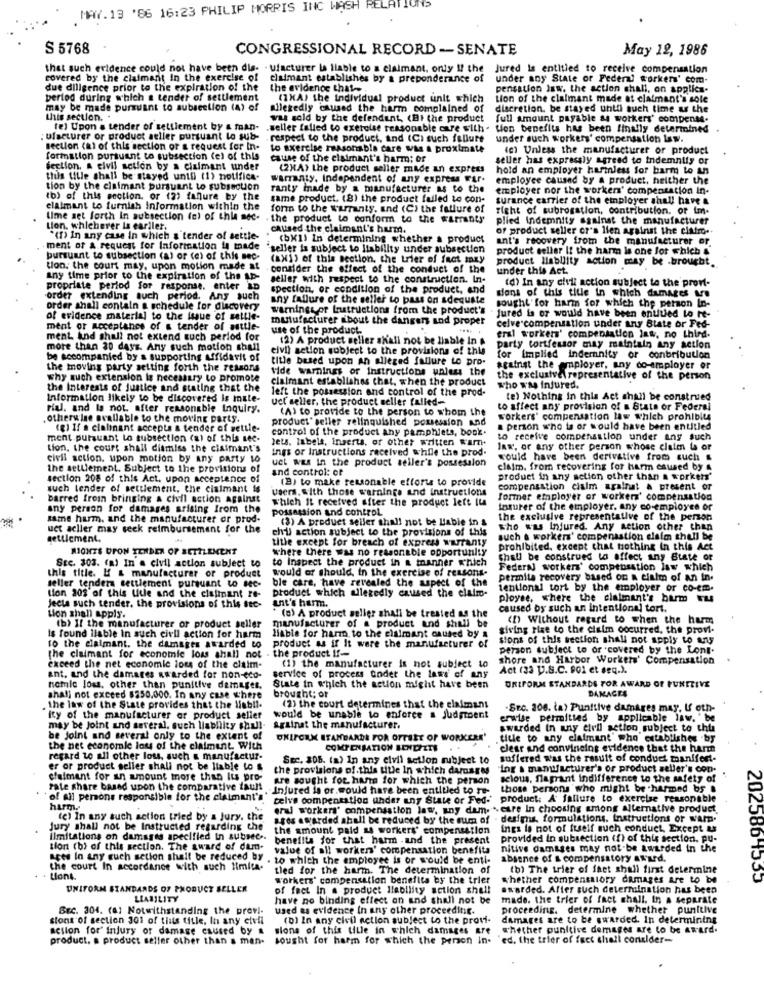
MAY. 13 '86 16:23 PHILIP MORRIS INC WASH RELATIONS
$ 5768
CONGRESSIONAL RECORD -- SENATE
May 12, 1986
that such evidence could not have been dis. . ufacturer is liable to a claimant, only !! the
Jured is entitled to receive compensation
covered by the claimant in the exercise of
claimant establishes by a preponderance of
under any State or Fedend workers' com-
due diligence prior to the expiration of the
the evidence that-
pensation Jsw. the action shall, on applica-
period during which a tender of settlement
(1XA) the individual product unit which
tion of the claimant made at claimant's sole
may be made pursuant to subsection (A) of
allegedly caused the harm complained of
discretion. be stayed until such time as the
this section. .
was sold by the defendant, (Bl the product
full amount payable & workers' compense.
tel Upon a tender of settlement by & maan-
.seller falled to exercise reasonable care with . tien benefits has been finally determined
: ufacturer or product aeller pursuant lo sub-
respect to the product, and (C) such fallute
under such workers' compensation law.
section (al of this section of a request for In-
to exercise reasonable care was a proximate
(e) Unless the manufacturer or product
formation pursuant to subsection (el of this
cause of the claimant's harm: of
seller has expressly agreed to indemnity or
Section, a civil action by a claimant under
(2)A) the product seller made an express
hold an employer harmless for harm to an
this title shall be stayed until (1) notifica-
warranty. Independent of any express Far.
employee caused by a product, neither the
tion by the claimant pursuant to subsection
ranty made by a manufacturer as to the
employer nor the worker' compensation in-
(b) of this section. or (2) fanure by the
same product. (8) the product failed to con-
surance carrier of the employer shall have &
claimant to furnish Information within the
form to the warranty, and (C) the failure of
right of subrogation, contribution. or im.
Lime set forth In subsection (o) of thie sec. . the product to conform to the warranty
the product to conform to the warranty
plied Indemnity against the manufacturer
Lion, whicherer is earller.
caused the claimant's hurm.
of product seller or's lien against the claim ..
"(1) In any case in which & tender of settle-
(bX1) In determining whether a product
ant's recovery from the manufacturer or.
ment of a request for Information is made
'seller is subject to Ilability under subsection
product seller If the harm la one for which &
pursuant to subsection (a) or (e) of this sec-
(8X1) of this section, the trier of fact may
product liability action may be .brought.
tion, the court may, upon motion made at
consider the effect of the conduct of the
under this Act.
any time prior to the expiration of the AD-
seller with respect to the construction. In-
propriate period for response. enter in
spection, or condition of the product, and
sons of this title in which damages ure
(d) In any civil action subject to the prov-
order extending auch period. Any such
any failure of the seller to pass on adequate
order shall contain a schedule for discovery
warnings pr Instructions from the product's
sought'for harm for which the person In-
Jured is or would have been entitled to re-
of evidence material to the issue of settle-
manufacturer about the dangers and proper
celve compensation under any Blate or Fed-
ment or meceplanes of & tender of ssttle-
use of the product
ment. and shall not extend such period for
(2) A product seller shall not be liable In
eral workers' compensation las, no third.
more than 30 days. Any such motion shall
civil action subject to the provisions of this
party tortfessor may maintain any action
be accompanied by a supporting Affidavit of
title based upon An alleged failure to pro-
for implied indemnity or conbribution
the moving party setting forth the reasons
vide warnings or Instructions unless the
against the employer, any do-employer or
why auch extension is necessary to promote
claimant establishes that, when the product
the exclusive\representative of the person
the Interests of Justice and stating that the
left the possession and control of the prod-
who was injured.
Information likely to be discovered is mate-
Uct seller, the product seller failed-
te) Nothing in this Act shall be construed
rial. and la not after reasonable Inquiry.
(A) to provide to the person to whom the
to affect any provision of a State or Federal
otherw ine available to the moving parts.
product" seller relinquished possession And
workers' compensation law which prohibits
(8) If a cialinant accepte & tender of settle-
control of the product Any pamphlets, book.
a person who is or would have been entitled
ment pursuant to subsection (a) of this see-
lets, labels, Inserts, or other written w'amn.
to receive compensation under any such
tion, the court shall diamiss the claimant's
ings or Instructions received while the prod.
Jaw, or any other person whose claim to or
civil action. upon motion by any party to
uct was In the product seller's possession
would have been derivative from such &
the settlement. Subject to the provisions of
and control: of
claim. from recovering for harm caused by a
section 208 of this Act. upon acceptance of
(B) to make reasonable efforts to provide
product in any action other than a worken'
such lender of settlement, the claimant is
users. with those warnings and instructions
compensation claim against & present or
barred from bringing a civil action against
Which It received after the product left It
former employer or workers' compensation
any person for damages arising from the
possession and control
inturer of the employer. any co employee or
same harm. and the manufacturer or prod-
(3) A product seller shall not be Liable in s
the exclusive representative of the person
uct acller may seck reimbursement for the
civil action subject to the provisions of this
who was Injured. Any action other than
settlement.
title except for breach of express warranty
such & workers' compensation claim thull be
MIONES UPON TENDER OF SETTLEMENT
where there was no reasonable opportunity
prohibited. except that nothing In this Act
to Inspect the product in a manner which
shall be construed to affect any State of
Ste. 303. (a) In a civil action subject to
would or should, in the exercise of reasons-
Federn workers' compensation law which
this title. L' & manufacturer or product
seller tenders settlement pursuant to see-
ble care, have revealed the aspect of the
permita recovery based on a claim of an in.
product which allegedly caused the claim-
tentional tort by the employer or co-em.
tion 203' of this Uitle and the claimant re-
ployee, where the claimant's barm Fus
Jecta such tender, the provisions of this ite-
unit's harm.
caused by such an intentional tort.
Lion shall apply.
(a) A product seller shall be treated as the
(1) Without regard to when the harm
(b) If the manufacturer or product seller
manufacturer of a product and shall be
siving rise to the claim occurred, the prov.
Is found llable In such civil action for harm
liable for harm to the claimant caused by a
sions of this section shall not apply to any
to the claimant. the damages awarded to
product as if It were the manufacturer of
person subject to or covered by the Lont.
the claimant for economic loss shall not . the product If-
shore and Harbor Workers' Compensation
exceed the net economie loss of the claim-
(1) the manufacturer is not subject to
Act (za p.S.C. Poi et seq.).
ant. and the damares awarded for non-eco-
service of process andet the laws of any
nomle Jos, other than punitive damages.
State in which the action might have been
brought; or
UNIFORM STANDARDS FOR AWARD OF PUNITIVE
shall not exceed $250.000. In any case where
DAMAGES
. the law of the State provides that the liabll.
(2) the court determines that the claimans
.Src. 206. ta) Punitive damares may, U oth-
"ity of the manufacturer or product seller
would be unable to enforce a judgment
erwise permitted by applicable law. " be
may be Joint and several, such liability shall-
Against the manufacturer.
awarded In any elvil setion subject to this
be Joint and several only to the extent of
UNIFORM STANDARDS FOR OTTEET OF WORKERE
title to any claimant' who establishes by
the net economie lots of the claimant With
COMPENSATION BENEFITS
clear and convincing evidence that the harm
regard to all other lous, such & manufactur-
Sec. 808. (a) In any elvil setion subject to
suffered was the result of conduct manifert-
er or product seller shall not be liable to &
the provisions of this title In which darosges
"ing a manufacturer's or product seller's con-
claimant for an amount more than Its pro-
Are sought for hans for which the person
selous, flagrant indifference to the safety of
rate share based upon the comparative fault
Injured is or would have been entitled to re-
those persons who might be harmed bs &
of All persons responsible for the claimant's"
telve compensation under any State or Fed-
product. A failure to exercise reasonable
harm.
erul workers' compensation law, any dam. " care In choosing among alternative product.
(e) In any such action tried by a Jury. the
ages awarded shall be reduced by the sum of . desims, formulations, Instructions or warn.
Jury shall not be Instructed regarding the
the amount paid ss workers' compensation
ings le not of itself such conduct, Except as
limitations on damages specified in subsec ..
benefits for that harm .and the present
provided in subsection (f) of this section. pu-
tion (bi of this section. The award of dum-
value of all workers' compensation benefits
nitive damages may not be awarded in the
acts In any cuch setion shall be reduced by
. to which the employee is or would be enti-
absence of s compensatory award.
the court In accordance with such limita.
Lled for the harm. The determination of
(b) The trier of fact shall first determine
Lions.
workers' compensation benefits by the trier
whether compensatory damages are to be
202586 1333
UNIFORM STANDARDS OF PRODUCT SELLER
of feet In a product liability action shell
awarded. After such determination has been
LIABILITY
have no binding effect on and shall not be
made. the trier of fact shall. In a separate
BEC. 304. (a) Notwithstanding the previ-
used as evidence In any other proceeding.
proceeding. determine whether punitive
sions of section 301 of this title, In any civil
(0) In any civil action subject to the provi-
damages are to be awarded. In determining
action for' injury or damage caused by a sions of this tille in which damages are
whether punitive damages are to be Award.
product. a product seller other than a man. sousht for harm for which the person in-
"ed. the trier of fact chall consider-